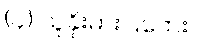
(၄) သူခိုးဓားပြဘေး။